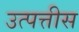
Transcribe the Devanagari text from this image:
उत्पत्तीस